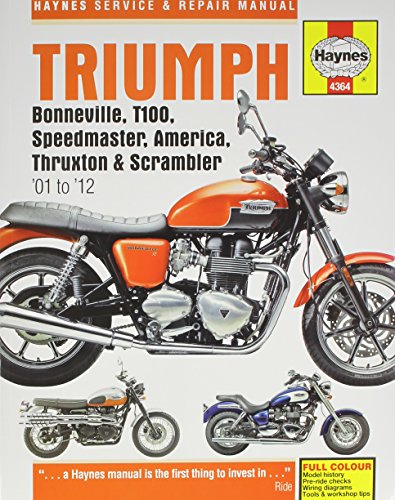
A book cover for Triumph Bonneville, T100, Speedmaster, America, Thruxton & Scrambler '01 to '12 (Haynes Service & Repair Manual); Editors of Haynes Manuals; Engineering & Transportation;